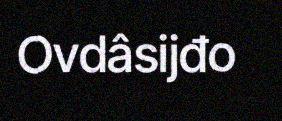
Ovdâsijđo